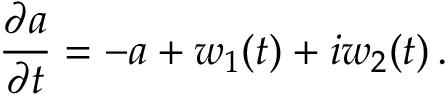
\frac { \partial a } { \partial t } = - a + w _ { 1 } ( t ) + i w _ { 2 } ( t ) \, .